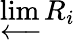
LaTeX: \varprojlim R_{i}